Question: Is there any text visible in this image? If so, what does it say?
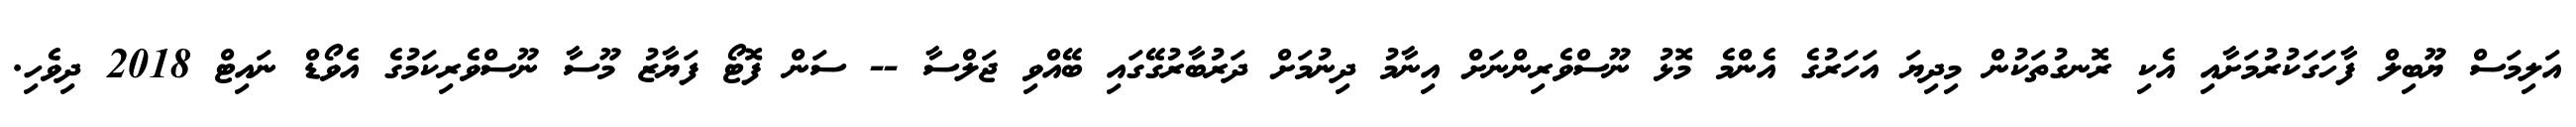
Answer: އަލިމަސް ޔޫބިލް ފާހަގަކުރުމަށާއި އެކި ރޮނގުތަކުން މިދިޔަ އަހަރުގެ އެންމެ މޮޅު ނޫސްވެރިންނަށް އިނާމު ދިނުމަށް ދަރުބާރުގޭގައި ބޭއްވި ޖަލްސާ -- ސަން ފޮޓޯ ފަޔާޒު މޫސާ ނޫސްވެރިކަމުގެ އެވޯޑް ނައިޓް 2018 ދިވެހި.